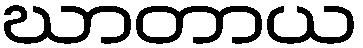
ဃာတာယ